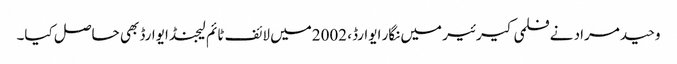
وحید مراد نے فلمی کیرئیر میں نگار ایوارڈ، 2002میں لائف ٹائم لیجنڈ ایوارڈ بھی حاصل کیا۔